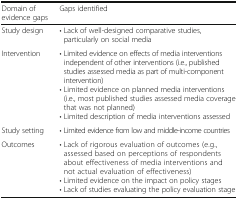
<table><thead><tr><td><b>Domain of evidence gaps</b></td><td><b>Gaps identified</b></td></tr></thead><tbody><tr><td>Study design</td><td>• Lack of well-designed comparative studies, particularly on social media</td></tr><tr><td>Intervention</td><td>• Limited evidence on effects of media interventions independent of other interventions (i.e., published studies assessed media as part of multi-component intervention)• Limited evidence on planned media interventions (i.e., most published studies assessed media coverage that was not planned)• Limited description of media interventions assessed</td></tr><tr><td>Study setting</td><td>• Limited evidence from low and middle-income countries</td></tr><tr><td>Outcomes</td><td>• Lack of rigorous evaluation of outcomes (e.g., assessed based on perceptions of respondents about effectiveness of media interventions and not actual evaluation of effectiveness)• Limited evidence on the impact on policy stages• Lack of studies evaluating the policy evaluation stage</td></tr></tbody></table>